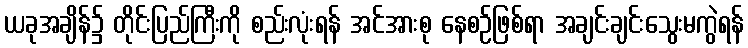
ယခုအချိန်၌ တိုင်းပြည်ကြီးကို စည်းလုံးရန် အင်အားစု နေစဉ်ဖြစ်ရာ အချင်းချင်းသွေးမကွဲရန်